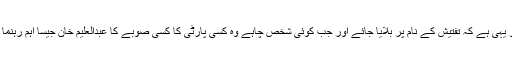
اس کا ایک سادہ چکر دینے والا طریقہ تو یہی ہے کہ تفتیش کے نام پر بلایا جائے اور جب کوئی شخص چاہے وہ کسی پارٹی کا کسی صوبے کا عبدالعلیم خان جیسا اہم رہنما ہی کیوں نہ ہو اسے گرفتار کر لیا جائے۔